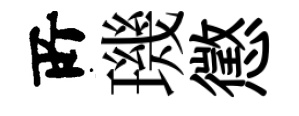
𠩄璣懲